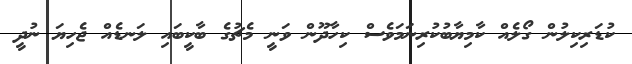
ކުޑަރިކިލުން ގޯލެއް ކާމިޔާބުކުރިނަމަވެސް ކިހާދޫން ވަނީ މެޗުގެ ބާކީބައި ލަނޑެއް ޖެހިޔަ ނުދީ